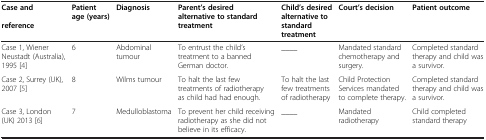
<table><thead><tr><td><b>Case and reference</b></td><td><b>Patient age (years)</b></td><td><b>Diagnosis</b></td><td><b>Parent’s desired alternative to standard treatment</b></td><td><b>Child’s desired alternative to standard treatment</b></td><td><b>Court’s decision</b></td><td><b>Patient outcome</b></td></tr></thead><tbody><tr><td>Case 1, Wiener Neustadt (Australia), 1995[4]</td><td>6</td><td>Abdominal tumour</td><td>To entrust the child’s treatment to a banned German doctor.</td><td>____</td><td>Mandated standard chemotherapy and surgery.</td><td>Completed standard therapy and child was a survivor.</td></tr><tr><td>Case 2, Surrey (UK), 2007[5]</td><td>8</td><td>Wilms tumour</td><td>To halt the last few treatments of radiotherapy as child had had enough.</td><td>To halt the last few treatments of radiotherapy</td><td>Child Protection Services mandated to complete therapy.</td><td>Completed standard therapy and child was a survivor.</td></tr><tr><td>Case 3, London (UK) 2013[6]</td><td>7</td><td>Medulloblastoma</td><td>To prevent her child receiving radiotherapy as she did not believe in its efficacy.</td><td>____</td><td>Mandated radiotherapy</td><td>Child completed standard therapy</td></tr></tbody></table>